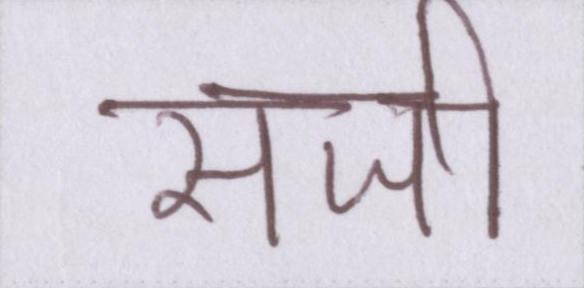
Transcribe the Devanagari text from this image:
सजी